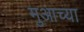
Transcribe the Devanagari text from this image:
मुआच्या